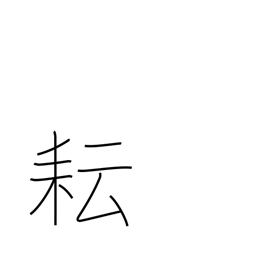
Meaning: weed